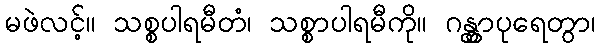
မဖဲလင့်။ သစ္စပါရမီတံ၊ သစ္စာပါရမီကို။ ဂန္တွာပုရေတွာ၊